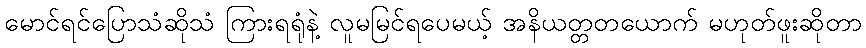
မောင်ရင်ပြောသံဆိုသံ ကြားရရုံနဲ့ လူမမြင်ရပေမယ့် အနိယတ္တတယောက် မဟုတ်ဖူးဆိုတာ